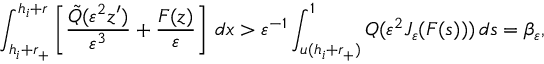
\int _ { h _ { i } + r _ { + } } ^ { h _ { i } + r } \left[ \frac { \tilde { Q } ( \varepsilon ^ { 2 } z ^ { \prime } ) } { \varepsilon ^ { 3 } } + \frac { F ( z ) } { \varepsilon } \right] \, d x > \varepsilon ^ { - 1 } \int _ { u ( h _ { i } + r _ { + } ) } ^ { 1 } Q ( \varepsilon ^ { 2 } J _ { \varepsilon } ( F ( s ) ) ) \, d s = \beta _ { \varepsilon } ,